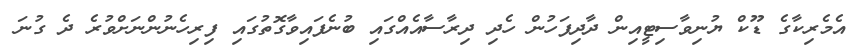
އެމެރިކާގެ ޑޫކް ޔުނިވާސިޓީއިން ދާދިފަހުން ހެދި ދިރާސާއެއްގައި ބުނެފައިވާގޮތުގައި ފިރިހެނުންނަށްވުރެ ދެ ގުނަ